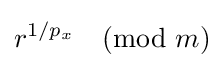
r^{1/p_{x}}{\pmod {m}}